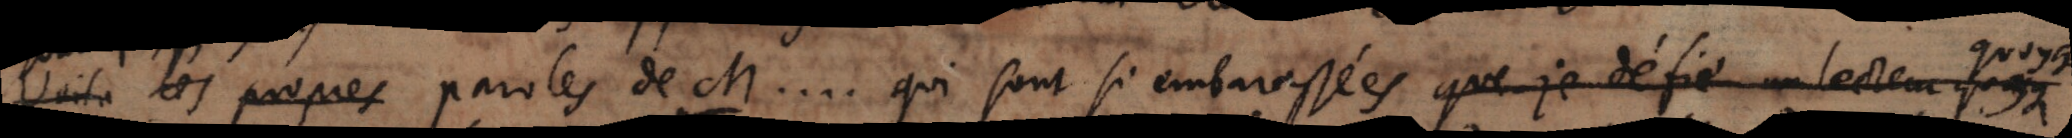
[Voici les propres paroles de M... qui sont si embarassées que je défie un lecteur quoyque